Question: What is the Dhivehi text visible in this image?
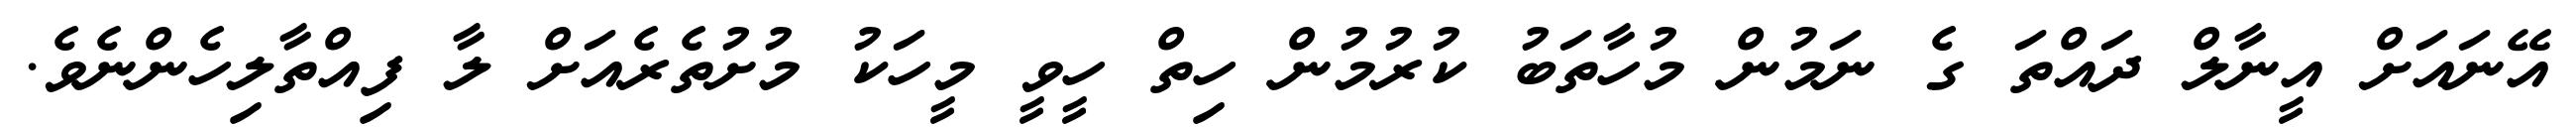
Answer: އޭނައަށް އީނާލް ދައްތަ ގެ ނަމުން މުހާތަބު ކުރުމުން ހިތް ހީވީ މީހަކު މުށުތެރެއަށް ލާ ފިއްތާލިހެންނެވެ.